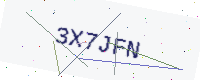
Text: 3X7JFN